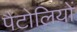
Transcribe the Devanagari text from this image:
पैंटोलियों